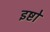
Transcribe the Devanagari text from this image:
इष्टो